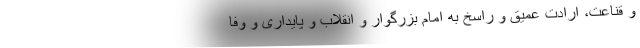
و قناعت، ارادت عمیق و راسخ به امام بزرگوار و انقلاب و پایداری و وفا